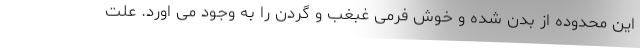
این محدوده از بدن شده و خوش فرمی غبغب و گردن را به وجود می اورد. علت